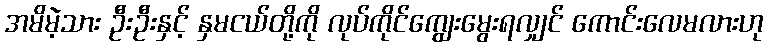
အမိမဲ့သား ဦးဦးနှင့် နှမငယ်တို့ကို လုပ်ကိုင်ကျွေးမွေးရလျှင် ကောင်းလေမလားဟု